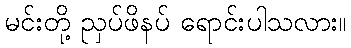
မင်းတို့ ညှပ်ဖိနပ် ရောင်းပါသလား။